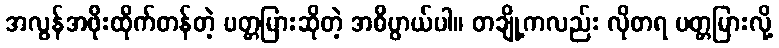
အလွန်အဖိုးထိုက်တန်တဲ့ ပတ္တမြားဆိုတဲ့ အဓိပ္ပာယ်ပါ။ တချို့ကလည်း လိုတရ ပတ္တမြားလို့